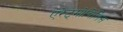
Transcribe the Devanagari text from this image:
एरेट्मोचिलिस